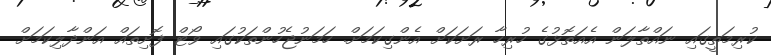
ކުރިމަތީގައި ނައްތާލަން އެއަތޮޅުގެ ހުރިހާ ރަށަކަށް އެންގިކަމަށް. ހަމަނުޖެހުންތަކުގައި ވޯޓް ފޮށިތައް އަންދާލިކަމަށް